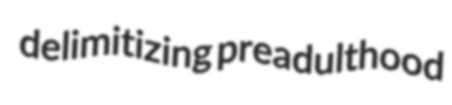
delimitizing preadulthood